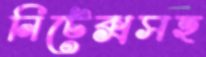
নিটেক্সসহ